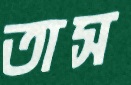
তাস